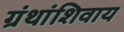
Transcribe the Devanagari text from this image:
ग्रंथांशिवाय